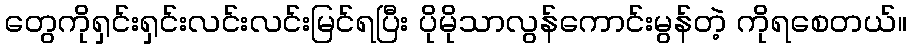
တွေကိုရှင်းရှင်းလင်းလင်းမြင်ရပြီး ပိုမိုသာလွန်ကောင်းမွန်တဲ့ ကိုရစေတယ်။